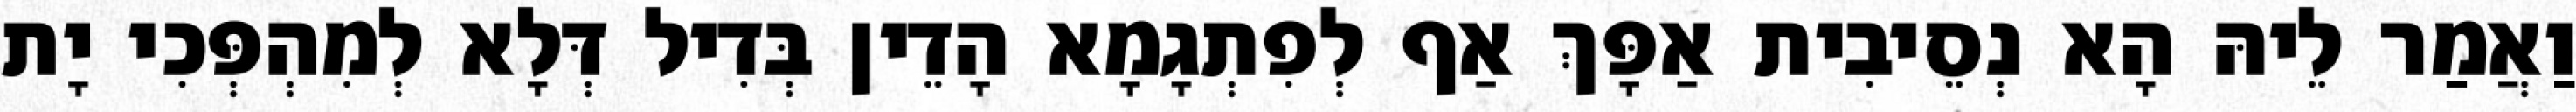
וַאֲמַר לֵיהּ הָא נְסֵיבִית אַפָּךְ אַף לְפִתְגָמָא הָדֵין בְּדִיל דְּלָא לְמִהְפְּכִי יָת